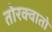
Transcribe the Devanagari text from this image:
तोरक्वातो